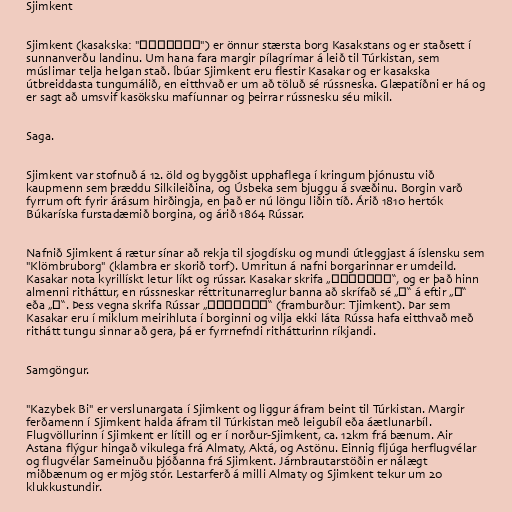
Sjimkent

Sjimkent (kasakska: "Шымкент") er önnur stærsta borg Kasakstans og er staðsett í
sunnanverðu landinu. Um hana fara margir pílagrímar á leið til Túrkistan, sem
múslimar telja helgan stað. Íbúar Sjimkent eru flestir Kasakar og er kasakska
útbreiddasta tungumálið, en eitthvað er um að töluð sé rússneska. Glæpatíðni er há og
er sagt að umsvif kasöksku mafíunnar og þeirrar rússnesku séu mikil.

Saga.

Sjimkent var stofnuð á 12. öld og byggðist upphaflega í kringum þjónustu við
kaupmenn sem þræddu Silkileiðina, og Úsbeka sem bjuggu á svæðinu. Borgin varð
fyrrum oft fyrir árásum hirðingja, en það er nú löngu liðin tíð. Árið 1810 hertók
Búkaríska furstadæmið borgina, og árið 1864 Rússar.

Nafnið Sjimkent á rætur sínar að rekja til sjogdísku og mundi útleggjast á íslensku sem
"Klömbruborg" (klambra er skorið torf). Umritun á nafni borgarinnar er umdeild.
Kasakar nota kyrillískt letur líkt og rússar. Kasakar skrifa „Шымкент“, og er það hinn
almenni ritháttur, en rússneskar réttritunarreglur banna að skrífað sé „ы“ á eftir „Ш“
eða „Ч“. Þess vegna skrifa Rússar „Чимкент“ (framburður: Tjimkent). Þar sem
Kasakar eru í miklum meirihluta í borginni og vilja ekki láta Rússa hafa eitthvað með
rithátt tungu sinnar að gera, þá er fyrrnefndi rithátturinn ríkjandi.

Samgöngur.

"Kazybek Bi" er verslunargata í Sjimkent og liggur áfram beint til Túrkistan. Margir
ferðamenn í Sjimkent halda áfram til Túrkistan með leigubíl eða áætlunarbíl.
Flugvöllurinn í Sjimkent er lítill og er í norður-Sjimkent, ca. 12km frá bænum. Air
Astana flýgur hingað vikulega frá Almaty, Aktá, og Astönu. Einnig fljúga herflugvélar
og flugvélar Sameinuðu þjóðanna frá Sjimkent. Járnbrautarstöðin er nálægt
miðbænum og er mjög stór. Lestarferð á milli Almaty og Sjimkent tekur um 20
klukkustundir.